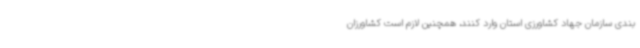
بندی سازمان جهاد کشاورزی استان وارد کنند، همچنین لازم است کشاورزان